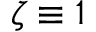
\zeta \equiv 1